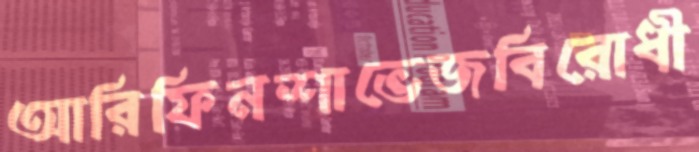
আরিফিনশাভেজবিরোধী